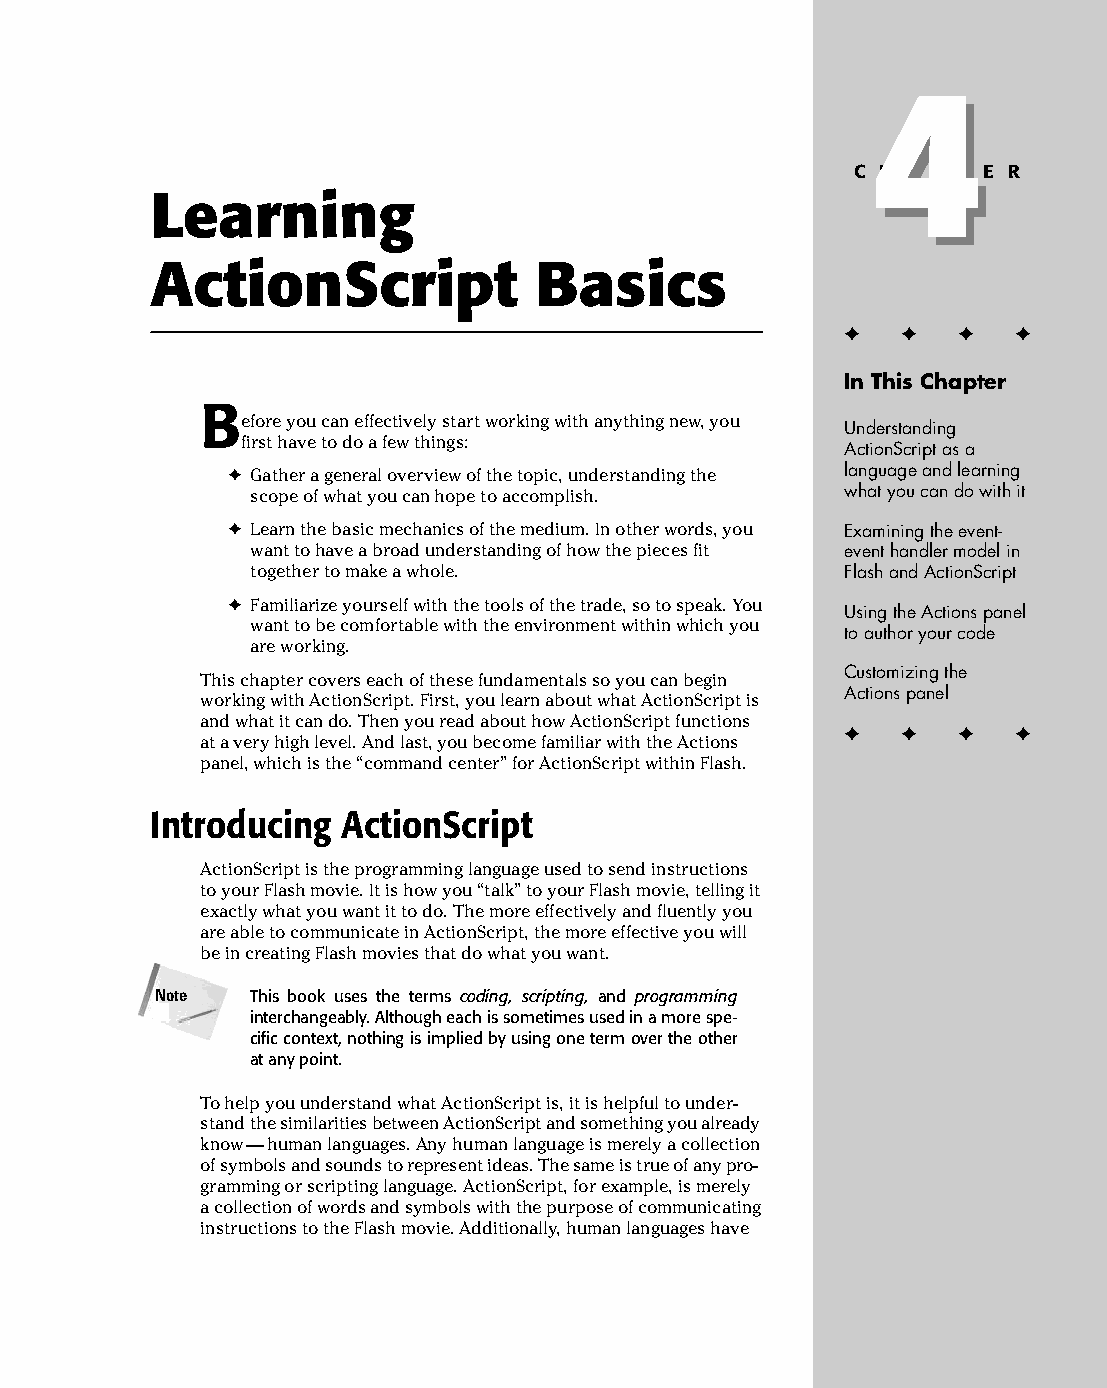
07 543547 ch04.qxd 3/24/04 3:50 PM Page 65
 4
 4
 C H A P T E R
 Learning
 ActionScript             Basics
 ✦  ✦ ✦  ✦
 In This Chapter
 B
 efore you can effectively start working with anything new, you
 Understanding
 first have to do a few things:
 ActionScript as a
 ✦ Gather a general overview of the topic, understanding the language and learning
 scope of what you can hope to accomplish. what you can do with it
 ✦ Learn the basic mechanics of the medium. In other words, you Examining the event-
 want to have a broad understanding of how the pieces fit event handler model in
 together to make a whole.              Flash and ActionScript
 ✦ Familiarize yourself with the tools of the trade, so to speak. You
 Using the Actions panel
 want to be comfortable with the environment within which you
 to author your code
 are working.
 Customizing the
 This chapter covers each of these fundamentals so you can begin
 Actions panel
 working with ActionScript. First, you learn about what ActionScript is
 and what it can do. Then you read about how ActionScript functions
 ✦  ✦ ✦  ✦
 at a very high level. And last, you become familiar with the Actions
 panel, which is the “command center” for ActionScript within Flash.
 Introducing  ActionScript
 ActionScript is the programming language used to send instructions
 to your Flash movie. It is how you “talk” to your Flash movie, telling it
 exactly what you want it to do. The more effectively and fluently you
 are able to communicate in ActionScript, the more effective you will
 be in creating Flash movies that do what you want.
 Note   This book uses the terms coding, scripting, and programming
 interchangeably. Although each is sometimes used in a more spe­
 cific context, nothing is implied by using one term over the other
 at any point.
 To help you understand what ActionScript is, it is helpful to under­
 stand the similarities between ActionScript and something you already
 know — human languages. Any human language is merely a collection
 of symbols and sounds to represent ideas. The same is true of any pro­
 gramming or scripting language. ActionScript, for example, is merely
 a collection of words and symbols with the purpose of communicating
 instructions to the Flash movie. Additionally, human languages have